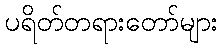
ပရိတ်တရားတော်များ